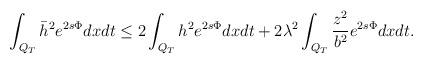
LaTeX: \begin{align*} \begin{aligned} \int_{Q_T} \bar{h}^2e^{2s\Phi}dxdt \le 2\int_{Q_T} h^2 e^{2s\Phi}dxdt +2\lambda^2\int_{Q_T} \frac{z^2}{b^2} e^{2s\Phi}dxdt. \end{aligned} \end{align*}